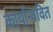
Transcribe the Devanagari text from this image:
कार्यान्यवित